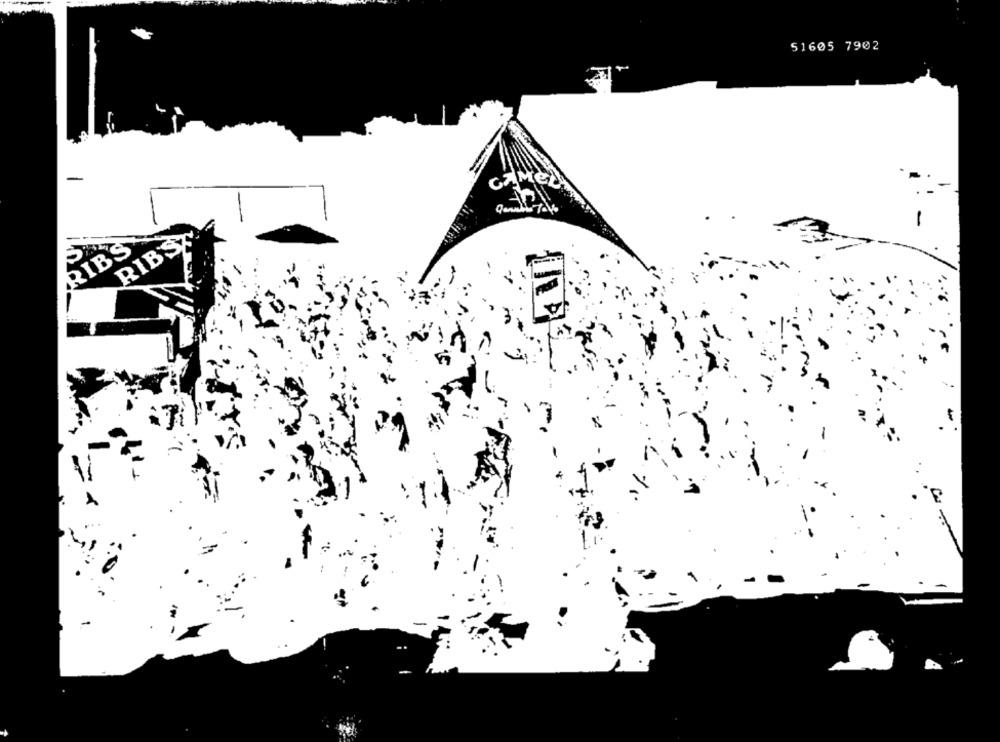
51605 7902
CAMEL
RIBS
RIB'S
-